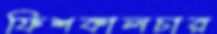
ফিশকালচার